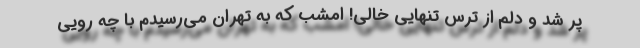
پُر شد و دلم از ترس تنهایی خالی! امشب که به تهران می‌رسیدم با چه رویی